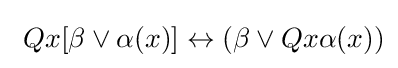
\ Qx[\beta \lor \alpha (x)]\leftrightarrow (\beta \lor Qx\alpha (x))